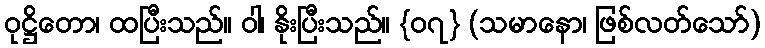
ဝုဋ္ဌိတော၊ ထပြီးသည်။ ဝါ၊ နိုးပြီးသည်။ {၀၇} (သမာနော၊ ဖြစ်လတ်သော်)